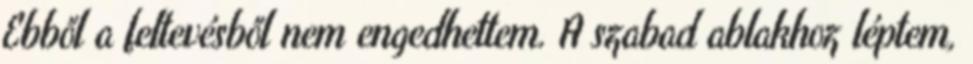
Ebből a feltevésből nem engedhettem. A szabad ablakhoz léptem,